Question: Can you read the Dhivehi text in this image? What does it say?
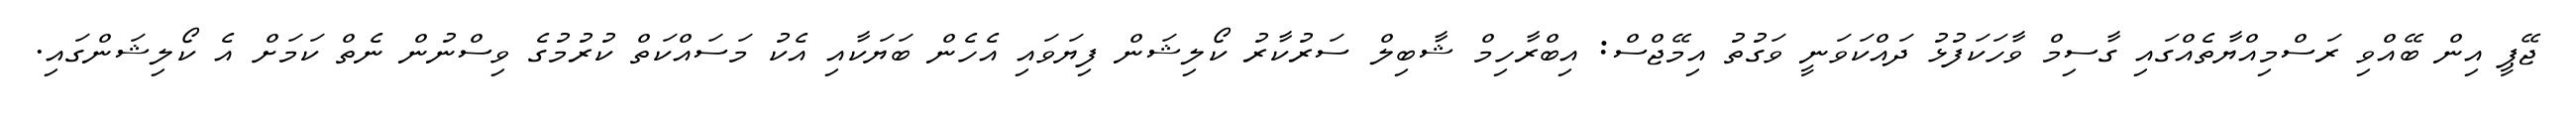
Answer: ޖޭޕީ އިން ބޭއްވި ރަސްމިއްޔާތެއްގައި ގާސިމް ވާހަކަފުޅު ދައްކަވަނީ ވަގުތު އިމޭޖްސް: އިބްރާހިމް ޝާބިލް ސަރުކާރު ކޯލިޝަން ފިޔަވައި އެހެން ބަޔަކާއި އެކު މަސައްކަތް ކުރުމުގެ ވިސްނުން ނެތް ކަމަށް އެ ކޯލިޝަންގައި.